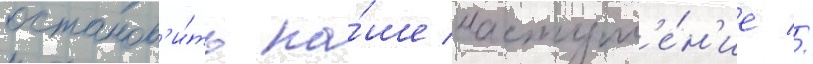
останов'и́ть на́ше наступл'е́н'ие //